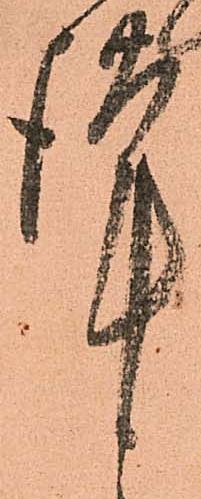
謹